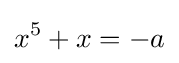
x^{5}+x=-a